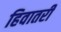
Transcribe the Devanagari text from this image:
हिवातरी